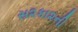
સ૨કા૨ની